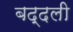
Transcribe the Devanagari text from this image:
बद्दली